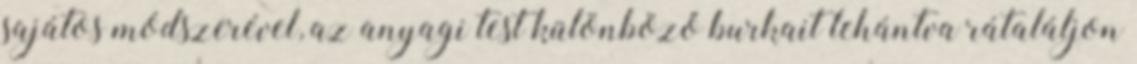
sajátos módszerével, az anyagi test különböző burkait lehántva rátaláljon